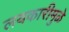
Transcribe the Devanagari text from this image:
लयकारीमुळे